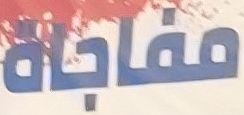
مفاجاة